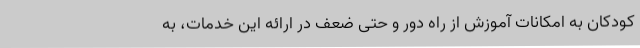
کودکان به امکانات آموزش از راه دور و حتی ضعف در ارائه این خدمات، به